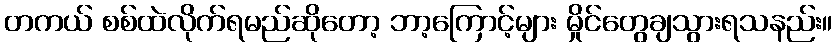
တကယ် စစ်ထဲလိုက်ရမည်ဆိုတော့ ဘာ့ကြောင့်များ မှိုင်တွေချသွားရသနည်း။